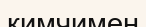
кимчимен